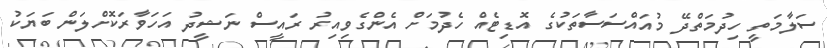
ސަލާމަތީ ހިދުމަތްދޭ މުއައްސަސާތަކުގެ އޮޑިޓެއް ހެދުމަށް އެންގެވިއިރު ރައީސް ނަޝީދު އަހަވާރަކޮށްލަން ބަޔަކު